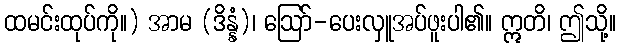
ထမင်းထုပ်ကို။) အာမ (ဒိန္နံ)၊ ဩော်-ပေးလှူအပ်ဖူးပါ၏။ ဣတိ၊ ဤသို့။